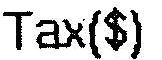
TAX($)